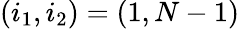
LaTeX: (i_{1},i_{2})=(1,N-1)